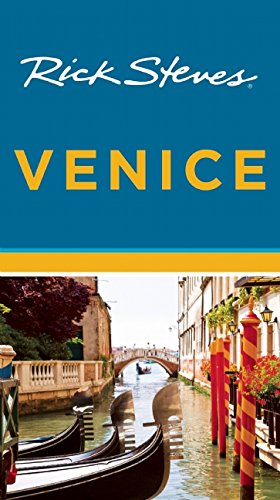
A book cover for Rick Steves Venice; Rick Steves; Travel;